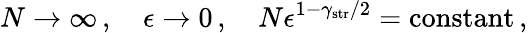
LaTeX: N\rightarrow\infty\, ,\quad\epsilon\rightarrow 0\, ,\quad N\epsilon^{1-\gamma_{\mathrm{str}}/2}=\mathrm{constant}\, ,